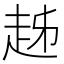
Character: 趀